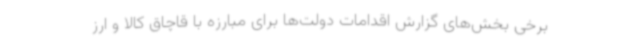
برخی بخش‌های گزارش اقدامات دولت‌ها برای مبارزه با قاچاق کالا و ارز